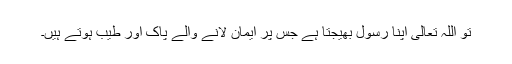
تو اللہ تعالیٰ اپنا رسول بھیجتا ہے جس پر ایمان لانے والے پاک اور طیب ہوتے ہیں۔